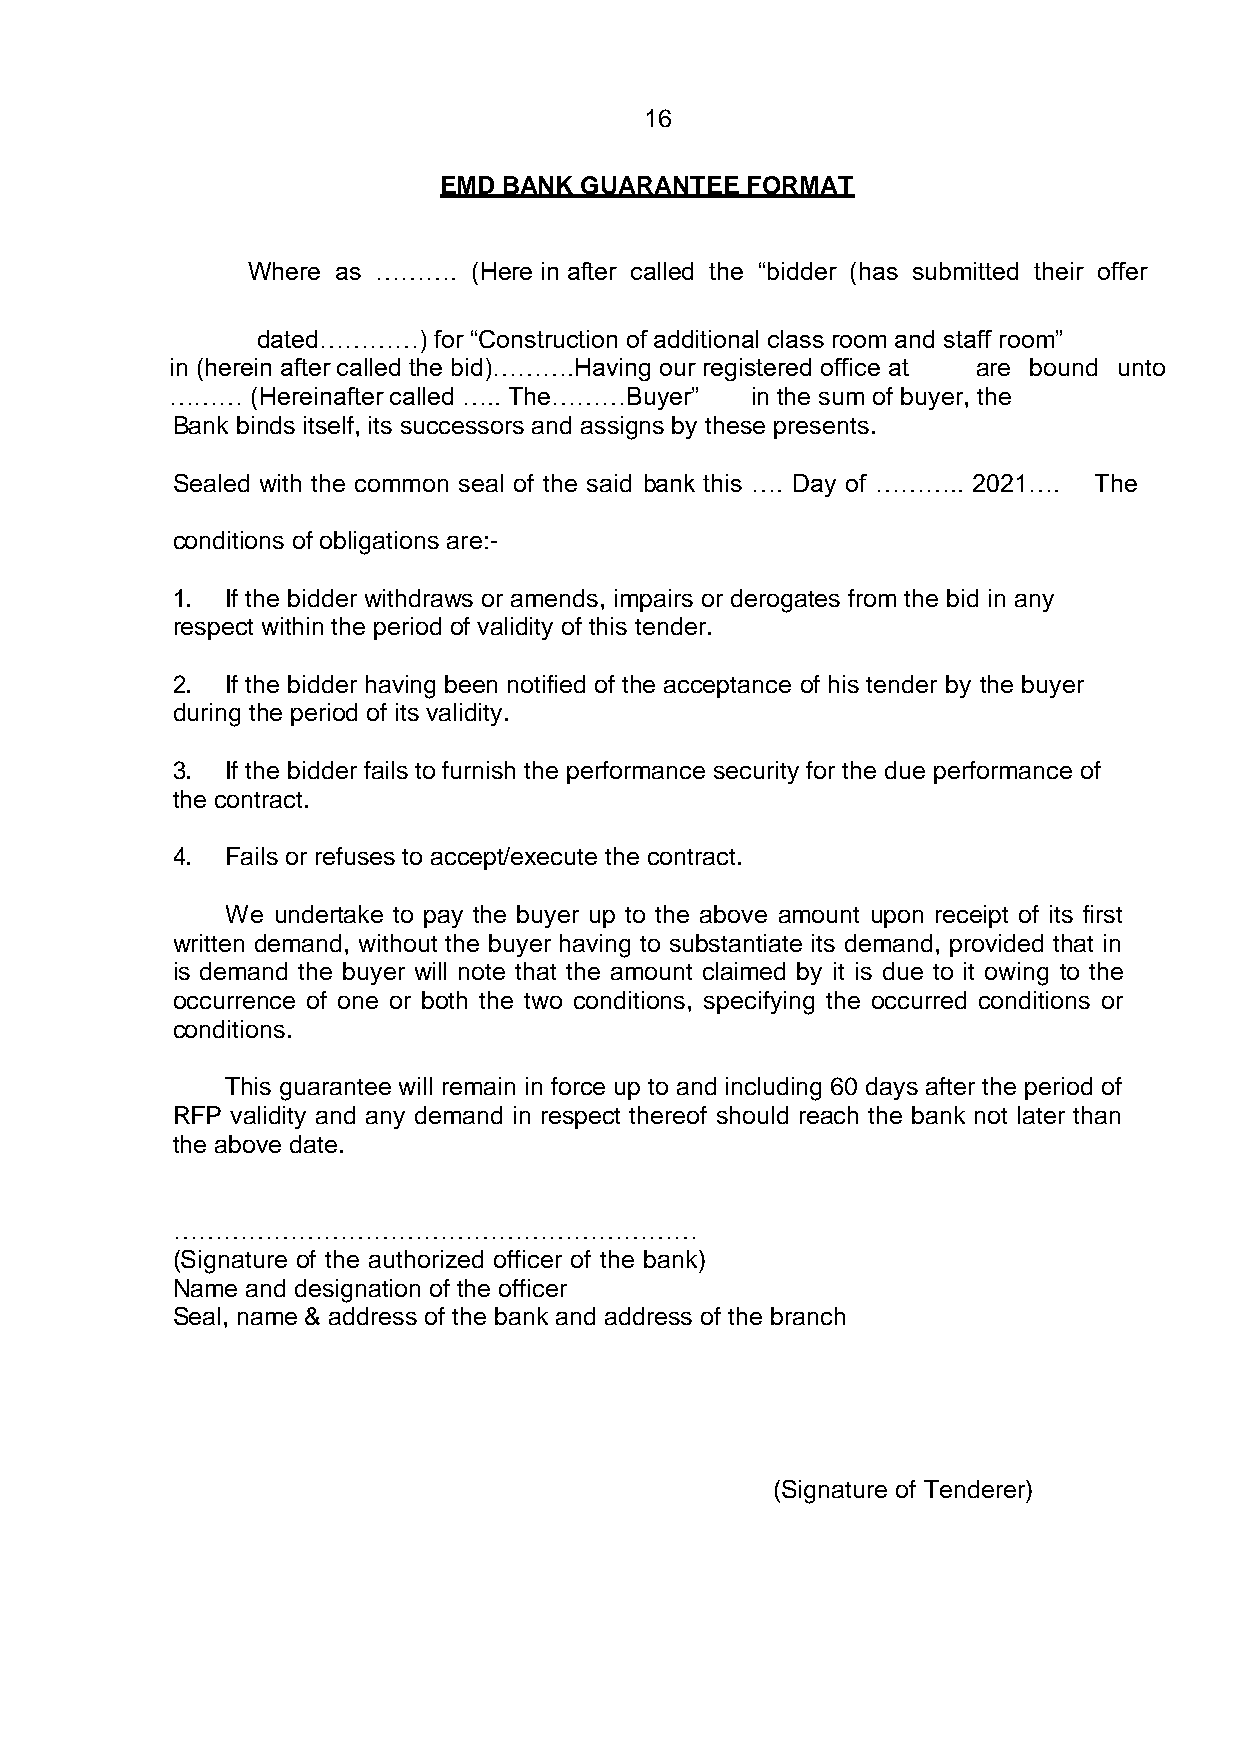
16
 EMD BANK GUARANTEE  FORMAT
 Where as ……….  (Here in after called the “bidder (has submitted their offer
 dated…………)  for “Construction of additional class room and staff room”
 in (herein after called the bid)……….Having our registered office at are bound unto
 ………   (Hereinafter called ….. The………Buyer” in the sum of buyer, the
 Bank binds itself, its successors and assigns by these presents.
 Sealed with the common seal of the said bank this …. Day of ……….. 2021…. The
 conditions of obligations are:-
 1.  If the bidder withdraws or amends, impairs or derogates from the bid in any
 respect within the period of validity of this tender.
 2.  If the bidder having been notified of the acceptance of his tender by the buyer
 during the period of its validity.
 3.  If the bidder fails to furnish the performance security for the due performance of
 the contract.
 4.  Fails or refuses to accept/execute the contract.
 We undertake to pay the buyer up to the above amount upon receipt of its first
 written demand, without the buyer having to substantiate its demand, provided that in
 is demand the buyer will note that the amount claimed by it is due to it owing to the
 occurrence of one or both the two conditions, specifying the occurred conditions or
 conditions.
 This guarantee will remain in force up to and including 60 days after the period of
 RFP validity and any demand in respect thereof should reach the bank not later than
 the above date.
 ………………………………………………………
 (Signature of the authorized officer of the bank)
 Name and designation of the officer
 Seal, name & address of the bank and address of the branch
 (Signature of Tenderer)